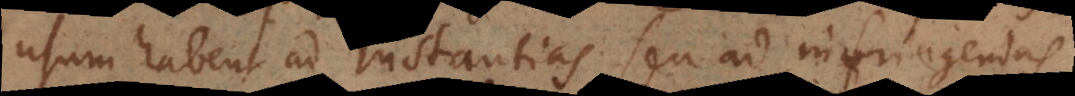
usum habent ad instantias seu ad infringendas